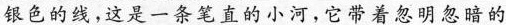
银色的线，这是一条笔直的小河，它带着忽明忽暗的